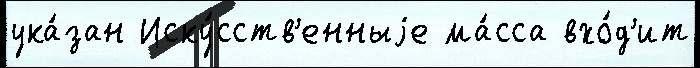
ука́зан Иску́сств'енныjе ма́сса вхо́д'ит